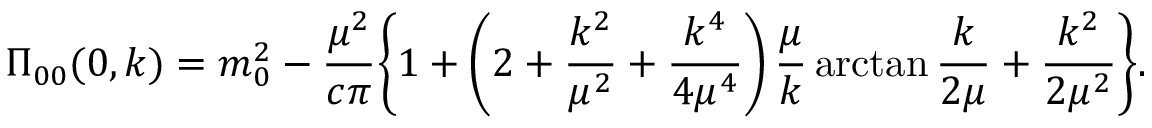
\Pi _ { 0 0 } ( 0 , k ) = m _ { 0 } ^ { 2 } - \frac { \mu ^ { 2 } } { c \pi } \biggl \{ 1 + \left( 2 + \frac { k ^ { 2 } } { \mu ^ { 2 } } + \frac { k ^ { 4 } } { 4 \mu ^ { 4 } } \right) \frac \mu { k } \arctan \frac { k } { 2 \mu } + \frac { k ^ { 2 } } { 2 \mu ^ { 2 } } \biggr \} .